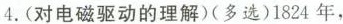
4.(对电磁驱动的理解)(多选)1824年，